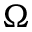
\Omega